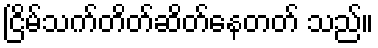
ငြိမ်သက်တိတ်ဆိတ်နေတတ် သည်။